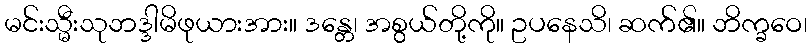
မင်းသ္မီးသုဘဒ္ဒါမိဖုယားအား။ ဒန္တေ၊ အစွယ်တို့ကို။ ဥပနေသိ၊ ဆက်၏။ ဘိက္ခဝေ၊